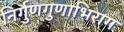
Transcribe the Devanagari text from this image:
निर्गुणगुणाभिराग